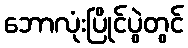
ဘောလုံးပြိုင်ပွဲတွင်